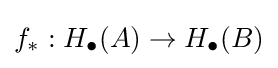
f_{*}:H_{\bullet }(A)\to H_{\bullet }(B)